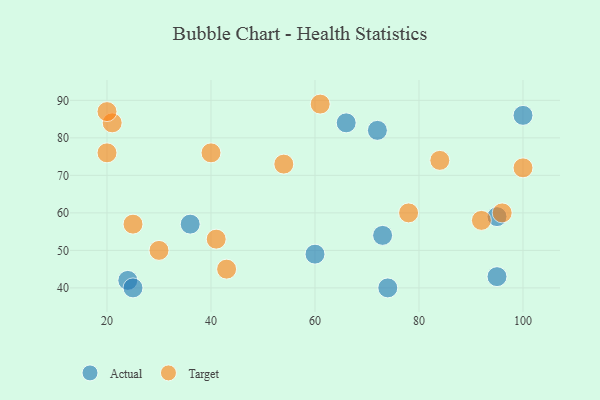
{"axis": {"x": "GDP", "y": "Life Expectancy"}, "legend": ["Actual", "Target"], "data": [{"x": "66", "y": 84, "type": "Actual"}, {"x": "36", "y": 57, "type": "Actual"}, {"x": "100", "y": 86, "type": "Actual"}, {"x": "60", "y": 49, "type": "Actual"}, {"x": "95", "y": 59, "type": "Actual"}, {"x": "74", "y": 40, "type": "Actual"}, {"x": "72", "y": 82, "type": "Actual"}, {"x": "73", "y": 54, "type": "Actual"}, {"x": "24", "y": 42, "type": "Actual"}, {"x": "95", "y": 43, "type": "Actual"}, {"x": "25", "y": 40, "type": "Actual"}, {"x": "43", "y": 45, "type": "Target"}, {"x": "21", "y": 84, "type": "Target"}, {"x": "40", "y": 76, "type": "Target"}, {"x": "25", "y": 57, "type": "Target"}, {"x": "96", "y": 60, "type": "Target"}, {"x": "41", "y": 53, "type": "Target"}, {"x": "20", "y": 76, "type": "Target"}, {"x": "54", "y": 73, "type": "Target"}, {"x": "30", "y": 50, "type": "Target"}, {"x": "78", "y": 60, "type": "Target"}, {"x": "61", "y": 89, "type": "Target"}, {"x": "20", "y": 87, "type": "Target"}, {"x": "92", "y": 58, "type": "Target"}, {"x": "100", "y": 72, "type": "Target"}, {"x": "84", "y": 74, "type": "Target"}]}